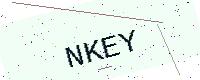
Text: NKEY